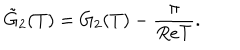
{ \tilde { G } _ { 2 } ( T ) } = G _ { 2 } ( T ) - \frac { \pi } { R e T } .